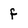
Character: f